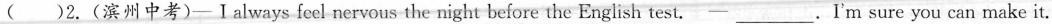
( )2.(滨州中考)-Ⅰalways feel nervous the night before the English test.—___.I'm sure you can make it.